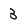
Character: 3